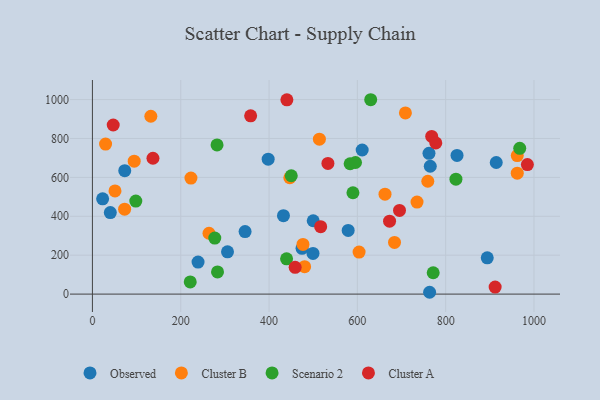
{"axis": {"x": "Study Hours", "y": "Yield"}, "legend": ["Cluster A", "Cluster B", "Observed", "Scenario 2"], "data": [{"x": "579.2", "y": 327.5, "type": "Observed"}, {"x": "398.0", "y": 693.7, "type": "Observed"}, {"x": "500.0", "y": 377.0, "type": "Observed"}, {"x": "345.7", "y": 321.5, "type": "Observed"}, {"x": "610.9", "y": 740.7, "type": "Observed"}, {"x": "763.6", "y": 9.4, "type": "Observed"}, {"x": "432.6", "y": 403.3, "type": "Observed"}, {"x": "239.2", "y": 164.5, "type": "Observed"}, {"x": "762.2", "y": 723.6, "type": "Observed"}, {"x": "765.1", "y": 657.3, "type": "Observed"}, {"x": "499.5", "y": 208.9, "type": "Observed"}, {"x": "474.7", "y": 235.2, "type": "Observed"}, {"x": "894.1", "y": 186.7, "type": "Observed"}, {"x": "305.9", "y": 217.5, "type": "Observed"}, {"x": "40.5", "y": 418.9, "type": "Observed"}, {"x": "825.7", "y": 713.1, "type": "Observed"}, {"x": "23.1", "y": 489.9, "type": "Observed"}, {"x": "914.5", "y": 676.6, "type": "Observed"}, {"x": "73.2", "y": 634.7, "type": "Observed"}, {"x": "223.1", "y": 596.6, "type": "Cluster B"}, {"x": "662.6", "y": 513.5, "type": "Cluster B"}, {"x": "447.0", "y": 598.0, "type": "Cluster B"}, {"x": "476.8", "y": 255.6, "type": "Cluster B"}, {"x": "962.1", "y": 712.0, "type": "Cluster B"}, {"x": "735.1", "y": 472.9, "type": "Cluster B"}, {"x": "72.9", "y": 436.7, "type": "Cluster B"}, {"x": "759.5", "y": 580.1, "type": "Cluster B"}, {"x": "684.1", "y": 265.9, "type": "Cluster B"}, {"x": "514.0", "y": 796.3, "type": "Cluster B"}, {"x": "132.3", "y": 914.3, "type": "Cluster B"}, {"x": "603.9", "y": 215.8, "type": "Cluster B"}, {"x": "51.1", "y": 530.5, "type": "Cluster B"}, {"x": "708.8", "y": 931.2, "type": "Cluster B"}, {"x": "94.6", "y": 683.5, "type": "Cluster B"}, {"x": "480.5", "y": 141.0, "type": "Cluster B"}, {"x": "29.8", "y": 771.0, "type": "Cluster B"}, {"x": "264.0", "y": 312.9, "type": "Cluster B"}, {"x": "962.1", "y": 621.7, "type": "Cluster B"}, {"x": "283.3", "y": 114.2, "type": "Scenario 2"}, {"x": "967.7", "y": 749.2, "type": "Scenario 2"}, {"x": "583.6", "y": 670.2, "type": "Scenario 2"}, {"x": "450.3", "y": 608.5, "type": "Scenario 2"}, {"x": "221.5", "y": 62.7, "type": "Scenario 2"}, {"x": "282.2", "y": 766.6, "type": "Scenario 2"}, {"x": "439.7", "y": 181.6, "type": "Scenario 2"}, {"x": "630.2", "y": 999.2, "type": "Scenario 2"}, {"x": "595.8", "y": 676.5, "type": "Scenario 2"}, {"x": "98.2", "y": 478.1, "type": "Scenario 2"}, {"x": "771.7", "y": 109.7, "type": "Scenario 2"}, {"x": "590.0", "y": 521.1, "type": "Scenario 2"}, {"x": "823.2", "y": 590.9, "type": "Scenario 2"}, {"x": "277.1", "y": 287.9, "type": "Scenario 2"}, {"x": "695.4", "y": 429.9, "type": "Cluster A"}, {"x": "440.4", "y": 998.8, "type": "Cluster A"}, {"x": "459.1", "y": 137.7, "type": "Cluster A"}, {"x": "358.3", "y": 916.5, "type": "Cluster A"}, {"x": "672.9", "y": 374.8, "type": "Cluster A"}, {"x": "768.3", "y": 810.3, "type": "Cluster A"}, {"x": "777.6", "y": 777.2, "type": "Cluster A"}, {"x": "516.9", "y": 346.8, "type": "Cluster A"}, {"x": "47.1", "y": 869.4, "type": "Cluster A"}, {"x": "912.0", "y": 36.1, "type": "Cluster A"}, {"x": "137.1", "y": 698.3, "type": "Cluster A"}, {"x": "985.0", "y": 665.9, "type": "Cluster A"}, {"x": "533.3", "y": 671.9, "type": "Cluster A"}]}